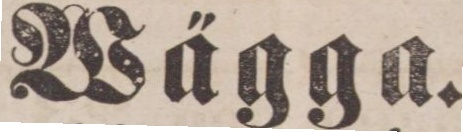
Wägga.